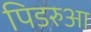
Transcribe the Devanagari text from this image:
पिडरुआ